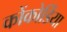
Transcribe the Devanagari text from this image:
कोंकोर्डिया